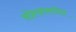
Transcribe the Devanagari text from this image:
संप्रेरकामधील